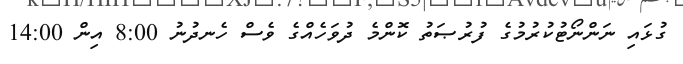
ގުޅައި ނަންނޯޓުކުރުމުގެ ފުރުޞަތު ކޮންމެ ދުވަހެއްގެ ވެސް ހެނދުނު 8:00 އިން 14:00